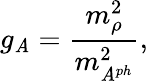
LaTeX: g_{\mathit{A}}=\frac{{m_{\rho}^{2}}}{{m_{\mathit{A}^{ph}}^{2}}},